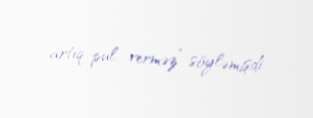
artıq pul verməz” söyləmişdi.